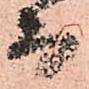
而